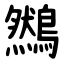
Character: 䳿